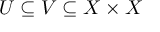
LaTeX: U \subseteq V \subseteq X \times X